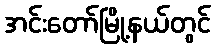
အင်းတော်မြို့နယ်တွင်